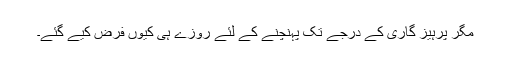
مگر پرہیز گاری کے درجے تک پہنچنے کے لئے روزے ہی کیوں فرض کیے گئے۔